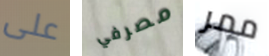
على مصرفي ممر